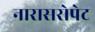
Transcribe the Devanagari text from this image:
नारासरोपेट